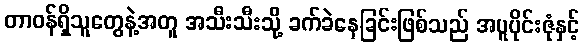
တာဝန်ရှိသူတွေနဲ့အတူ အသီးသီးသို့ ခက်ခဲနေခြင်းဖြစ်သည် အပူပိုင်းဇုံနှင့်